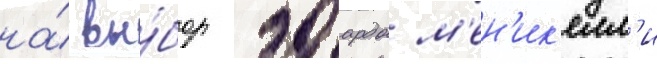
на́ вы́бор эдоардо м'ен'ик'елл'и